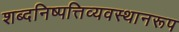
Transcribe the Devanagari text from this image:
शब्दनिष्पत्तिव्यवस्थानरूप